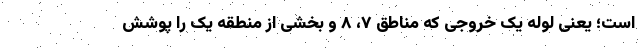
است؛ یعنی لوله یک خروجی که مناطق ۷، ۸ و بخشی از منطقه یک را پوشش